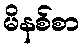
မိနစ်စာ